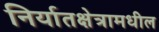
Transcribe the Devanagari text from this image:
निर्यातक्षेत्रामधील